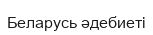
Беларусь әдебиеті